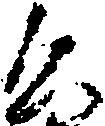
公